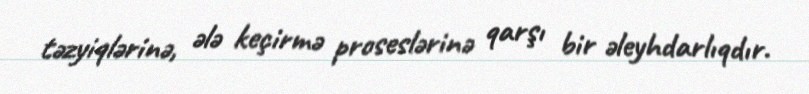
təzyiqlərinə, ələ keçirmə proseslərinə qarşı bir əleyhdarlıqdır.